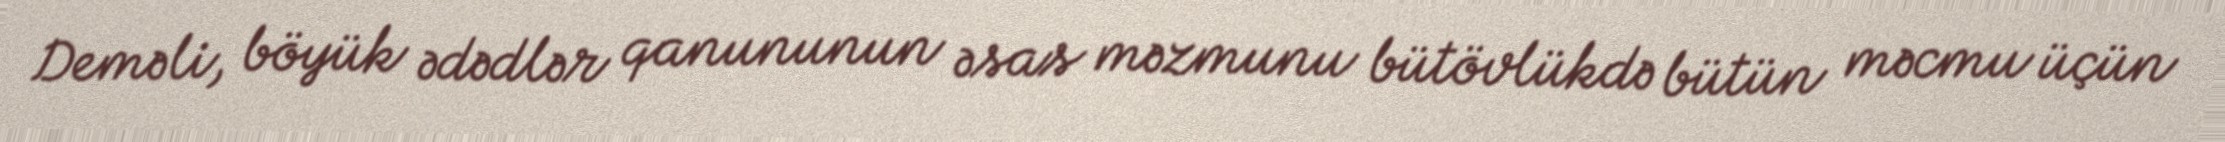
Deməli, böyük ədədlər qanununun əsas məzmunu bütövlükdə bütün məcmu üçün